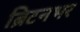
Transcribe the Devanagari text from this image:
ब्रिटनभर